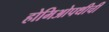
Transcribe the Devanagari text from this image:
होमिओपथीची